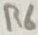
Text: R6